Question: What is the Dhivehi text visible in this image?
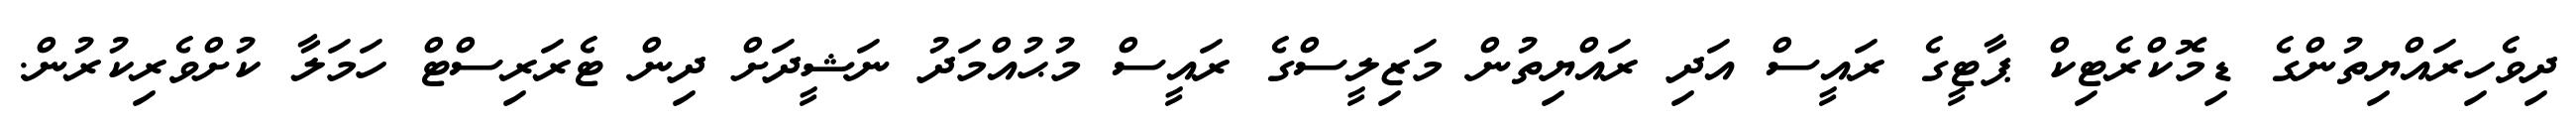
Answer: ދިވެހިރައްޔިތުންގެ ޑިމޮކްރެޓިކް ޕާޓީގެ ރައީސް އަދި ރައްޔިތުން މަޒިލީސްގެ ރައީސް މުޙުއްމަދު ނަޝީދަށް ދިން ޓެރަރިސްޓް ހަމަލާ ކުށްވެރިކުރުން.